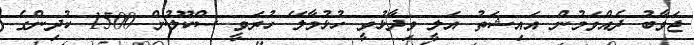
ޖަވާބު ދެއްވަމުން އައިޝަތު އަލީ ވިދާޅުވީ ހުޅުމާލޭ ހުރަވީ ސްކޫލުން 1500 ކުދިންގެ